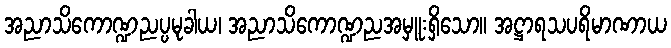
အညာသိကောဏ္ဍညပ္ပမုခါယ၊ အညာသိကောဏ္ဍညအမှူးရှိသော။ အဋ္ဌာရသပရိမာဏာယ